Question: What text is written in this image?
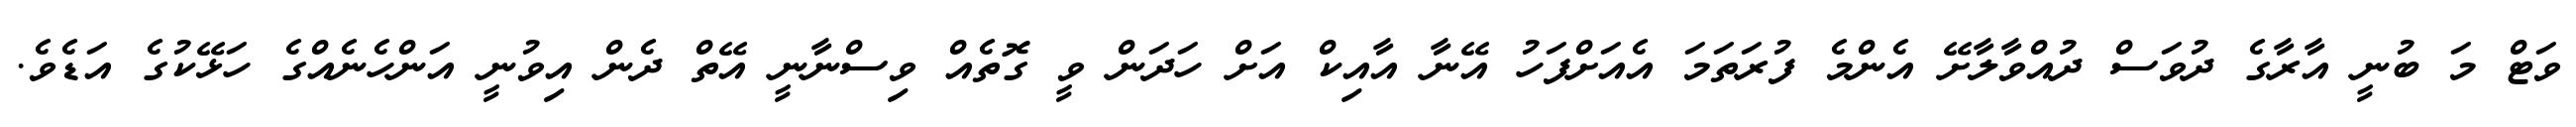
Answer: ވަޓް މަ ބުނީ އާރާގެ ދުވަސް ދުއްވާލާށޭ އެންމެ ފުރަތަމަ އެއަށްފަހު އޭނާ އާއިކް އަށް ހަދަން ވީ ގޮތެއް ވިސްނާނީ އޭތް ދެން އިވުނީ އަންހެނެއްގެ ހަޅޭކުގެ އަޑެވެ.